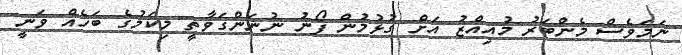
ނަމަވެސް މެންބަރު މުއިއްޒު އަށް ގުޅުމުން ފޯނު ނުނަންގަވާތީ މިކަމުގެ ބަހެއް ވަނީ